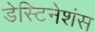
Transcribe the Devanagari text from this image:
डेस्टिनेशंस